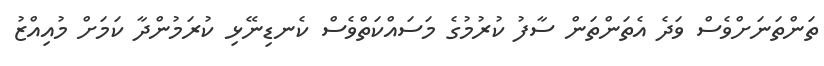
ތަންތަނަށްވެސް ވަދެ އެތަންތަން ސާފު ކުރުމުގެ މަސައްކަތްވެސް ކެނޑިނޭޅި ކުރަމުންދާ ކަމަށް މުއިއްޒު